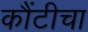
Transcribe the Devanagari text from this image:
कौंटीचा